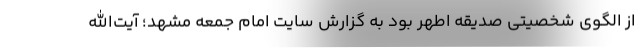
از الگوی شخصیتی صدیقه اطهر بود به گزارش سایت امام جمعه مشهد؛ آیت‌الله